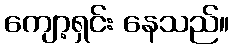
ကျော့ရှင်း နေသည်။